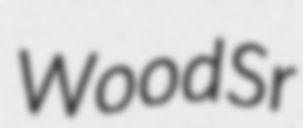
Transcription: Wood Sr